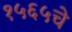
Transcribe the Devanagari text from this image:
१५६५चे